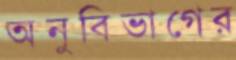
অনুবিভাগের